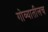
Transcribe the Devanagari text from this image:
गोव्यातीलच